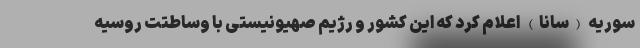
سوریه (سانا) اعلام کرد که این کشور و رژیم صهیونیستی با وساطتت روسیه